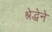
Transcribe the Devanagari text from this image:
श्रेद्धेने